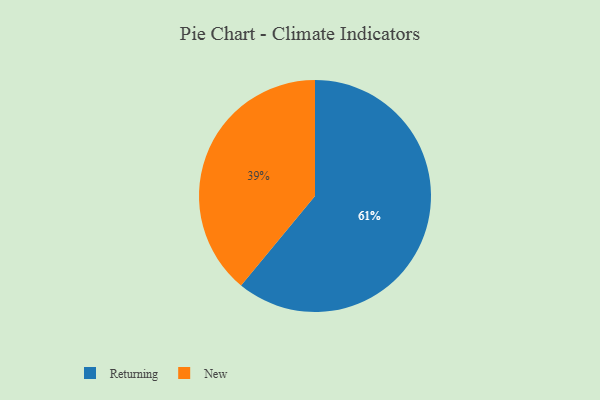
{"axis": {"x": "Category", "y": "Percentage"}, "legend": ["New", "Returning"], "data": [{"x": "New", "y": 39, "type": "New"}, {"x": "Returning", "y": 61, "type": "Returning"}]}